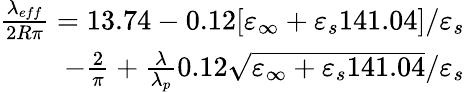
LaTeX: \begin{array}{r}{\frac{\lambda_{eff}}{2R\pi}=13.74-0.12[\varepsilon_{\infty}+\varepsilon_{s}141.04]/\varepsilon_{s}}\\ {-\frac{2}{\pi}+\frac{\lambda}{\lambda_{p}}0.12\sqrt{\varepsilon_{\infty}+\varepsilon_{s}141.04}/\varepsilon_{s}}\end{array}